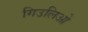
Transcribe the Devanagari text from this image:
गिउलिओ